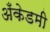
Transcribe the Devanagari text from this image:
अँकेडमी